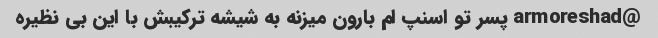
@armoreshad پسر تو اسنپ ام بارون میزنه به شیشه ترکیبش با این بی نظیره